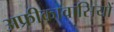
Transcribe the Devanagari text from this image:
अफ्रीकावासियों